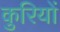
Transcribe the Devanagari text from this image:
कुरियों